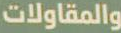
والمقاولات